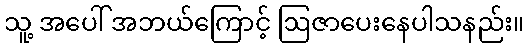
သူ့ အပေါ် အဘယ်ကြောင့် ဩဇာပေးနေပါသနည်း။